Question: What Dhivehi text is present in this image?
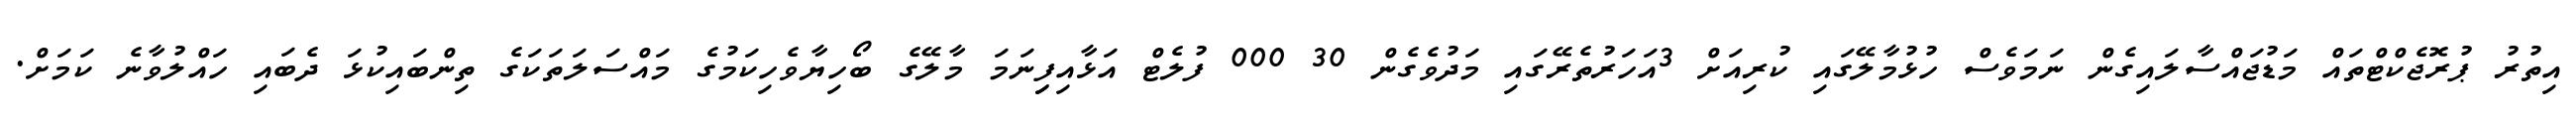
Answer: އިތުރު ޕުރޮޖެކްޓްތައް މަޑުޖައްސާލައިގެން ނަމަވެސް ހުޅުމާލޭގައި ކުރިއަށް 3އަހަރުތެރޭގައި މަދުވެގެން 30 000 ފުލެޓް އަޅާއިފިިނަމަ މާލޭގެ ބޯހިޔާވެހިކަމުގެ މައްސަލަތަކަގެ ތިންބައިކުޅަ ދެބައި ހައްލުވާނެ ކަމަށް.